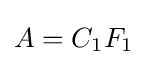
{\textstyle A=C_{1}F_{1}}